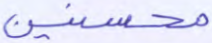
محسنين